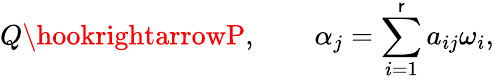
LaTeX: Q\hookrightarrowP,\qquad\alpha_{j}=\sum_{i=1}^{\mathsf{r}}a_{ij}\omega_{i},